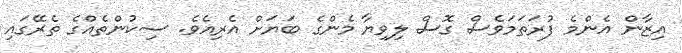
އިޒާން އެންމެ ފުރަތަމަވެސް ގޮސް ލިވިޔާ މެންގެ ބަޔަށް އެރިއެވެ. ސިކުންތެއްގެ ތެރޭގައި